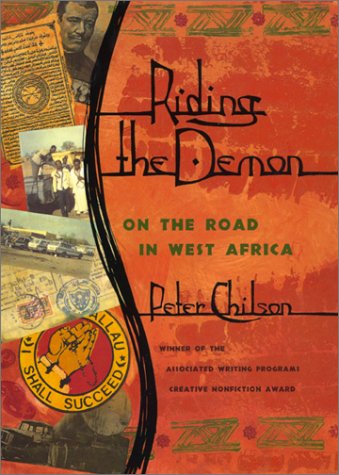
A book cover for Riding the Demon: On the Road in West Africa (Association of Writers and Writing Programs Award for Creative Nonfiction); Peter Chilson; Travel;